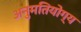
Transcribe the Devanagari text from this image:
अनुमतियोग्य